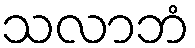
သလာဘံ